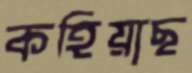
কহিয়াছ